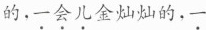
的，一会儿金灿灿的，一